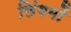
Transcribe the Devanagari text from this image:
लिंगमों